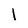
Character: 1